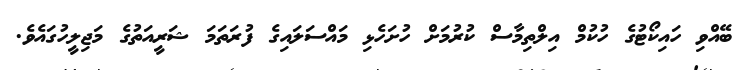
ބޭއްވި ހައިކޯޓުގެ ހުކުމް އިލްތިމާސް ކުރުމަށް ހުށަހެޅި މައްސަލައިގެ ފުރަތަމަ ޝަރީއަތުގެ މަޖިލީހުގައެވެ.